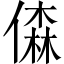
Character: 𠎊